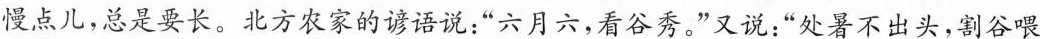
慢点儿，总是要长。北方农家的谚语说：”六月六，看谷秀。”又说：”处暑不出头，割谷喂